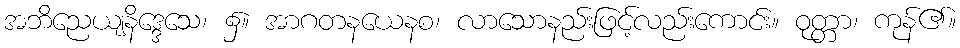
အဘိညေယျနိဒ္ဒေသေ၊ ၌။ အာဂတနယေနစ၊ လာသောနည်းဖြင့်လည်းကောင်း။ ဝုတ္တာ၊ ကုန်၏။